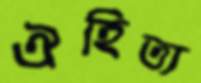
ঐহিত্য